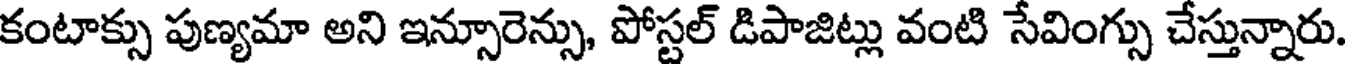
కంటాక్సు పుణ్యమా అని ఇన్సూరెన్సు, పోస్టల్ డిపాజిట్లు వంటి సేవింగ్సు చేస్తున్నారు.